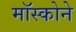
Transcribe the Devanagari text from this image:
मॉस्कोने